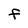
Character: F